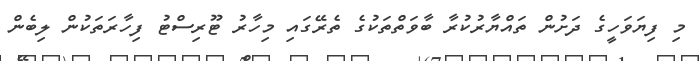
މި ފިޔަވަހީގެ ދަށުން ތައްޔާރުކުރާ ބާވަތްތަކުގެ ތެރޭގައި މިހާރު ޓޫރިސްޓު ފިހާރަތަކުން ލިބެން